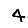
Digit: 4